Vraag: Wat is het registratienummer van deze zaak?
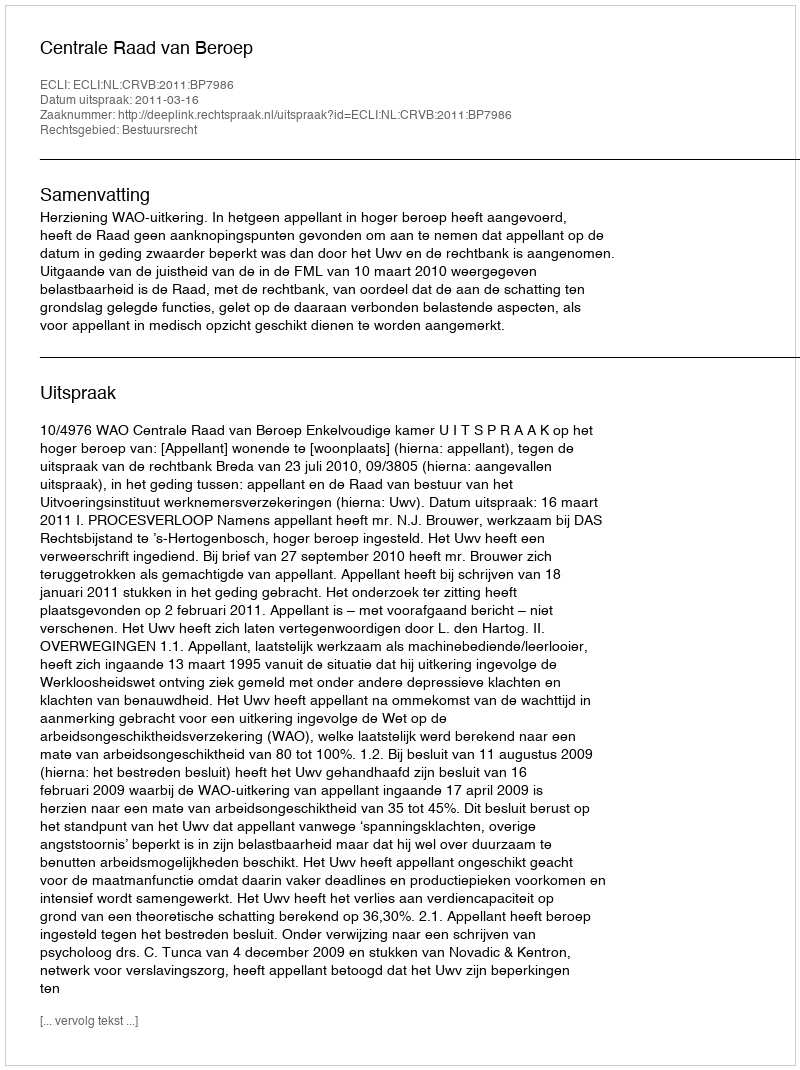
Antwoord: http://deeplink.rechtspraak.nl/uitspraak?id=ECLI:NL:CRVB:2011:BP7986